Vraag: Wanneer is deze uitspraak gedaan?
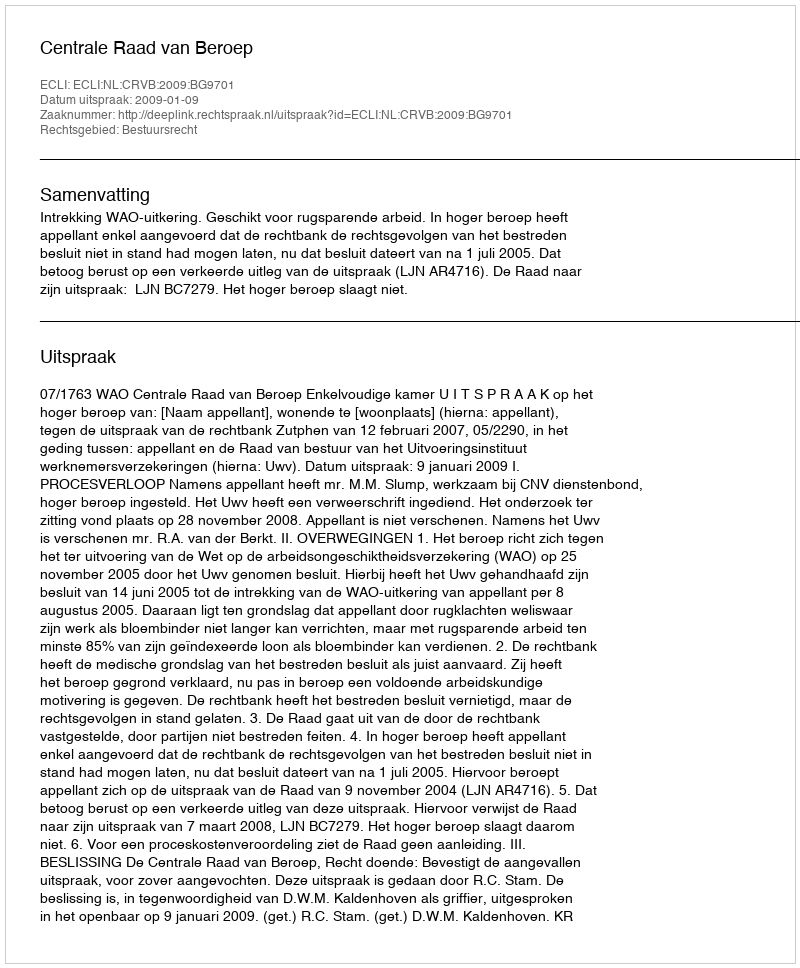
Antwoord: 2009-01-09